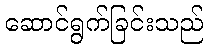
ဆောင်ရွက်ခြင်းသည်